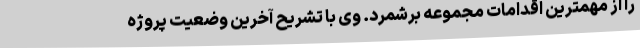
را از مهمترین اقدامات مجموعه برشمرد. وی با تشریح آخرین وضعیت پروژه